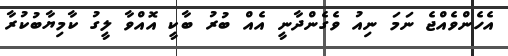
އެހެންވެއްޖެ ނަމަ ނިއު ވެގެންދާނީ އެއް ބުރު ބާކީ އޮއްވާ ލީގު ކާމިޔާބުކުރާ